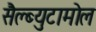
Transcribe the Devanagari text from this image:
सैल्ब्युटामोल